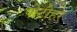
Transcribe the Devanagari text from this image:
पोटोहर